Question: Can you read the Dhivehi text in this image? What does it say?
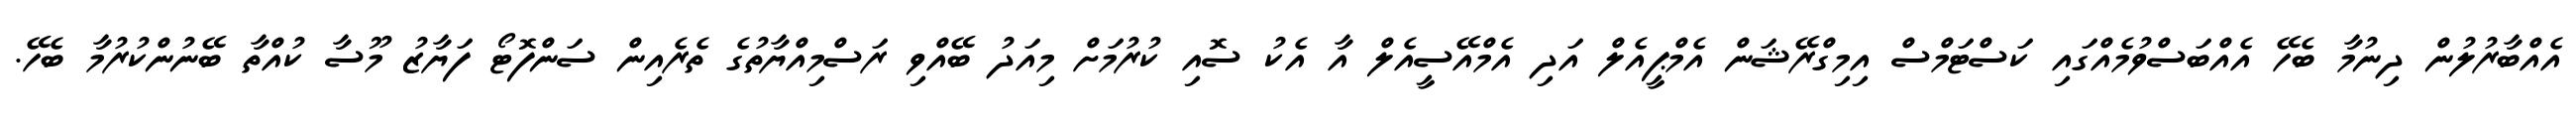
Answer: އެއްބާރުލުން ދިނުމާ ބެހޭ އެއްބަސްވުމެއްގައި ކަސްޓަމްސް އިމިގްރޭޝަން އެމްޕީއެލް އަދި އެމްއޭސީއެލް އާ އެކު ސޮއި ކުރުމަށް މިއަދު ބޭއްވި ރަސްމިއްޔާތުގެ ތެރެއިން ސަންފޮޓޯ ފަޔާޒު މޫސާ ކުއްތާ ބޭނުންކުރުމާ ބެހޭ.